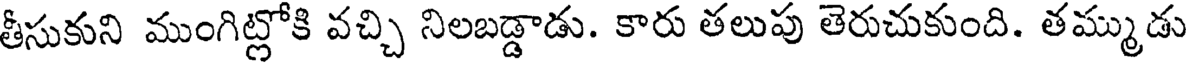
తీసుకుని ముంగిట్లోకి వచ్చి నిలబడ్డాడు. కారు తలుపు తెరుచుకుంది. తమ్ముడు